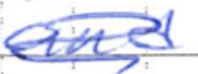
Text: and
Cross-out: scratch
Writing tool: ballpoint